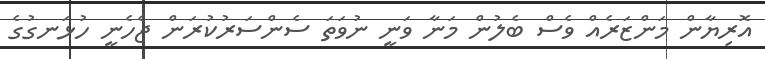
އޮރިޔާން މަންޒަރެއް ވެސް ބެލުން މަނާ ވަނީ ނުވަތަ ސެންސަރުކުރަން ޖެހެނީ ހުޅަނގުގެ